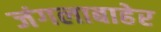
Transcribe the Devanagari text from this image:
जंगलाबाहेर